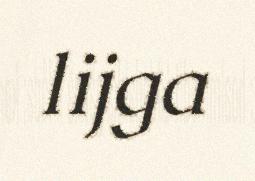
lijga